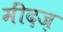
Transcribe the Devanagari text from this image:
मींदज़